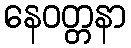
နေဝတ္တနာ